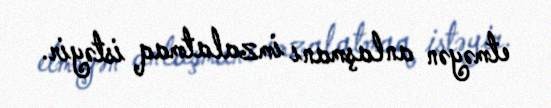
etməyən anlaşmanı imzalatmaq istəyir.